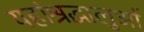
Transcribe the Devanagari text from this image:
यहांश्रद्धालुओं